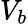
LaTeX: V_{b}